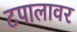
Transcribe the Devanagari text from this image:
टपालावर